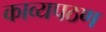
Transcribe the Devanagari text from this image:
काव्यपठण